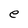
Character: e